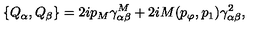
\{ Q _ { \alpha } , Q _ { \beta } \} = 2 i p _ { M } \gamma _ { \alpha \beta } ^ { M } + 2 i M ( p _ { \varphi } , p _ { 1 } ) \gamma _ { \alpha \beta } ^ { 2 } ,